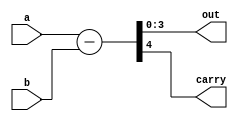
module decrement(a, b, out, carry);
parameter n = 3;
input signed [n:0] a;
input signed [n:0] b;
output signed [n:0] out;
output carry;
assign {carry, out} = a - b;
endmodule